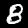
Label: 8